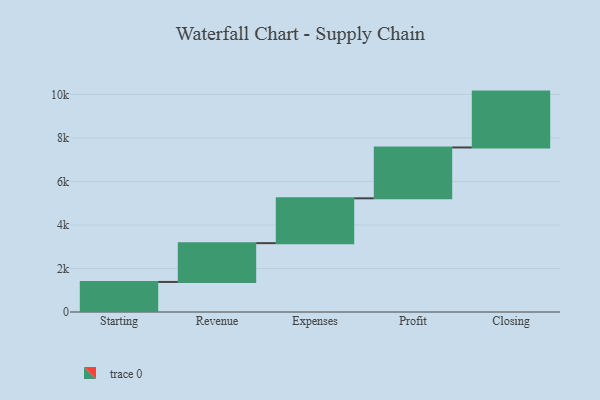
{"axis": {"x": "Step", "y": "Value"}, "legend": [""], "data": [{"x": "Starting", "y": 1382.0, "type": ""}, {"x": "Revenue", "y": 1783.0, "type": ""}, {"x": "Expenses", "y": 2061.0, "type": ""}, {"x": "Profit", "y": 2338.0, "type": ""}, {"x": "Closing", "y": 2568.0, "type": ""}]}